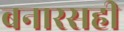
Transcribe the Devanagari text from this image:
बनारसही